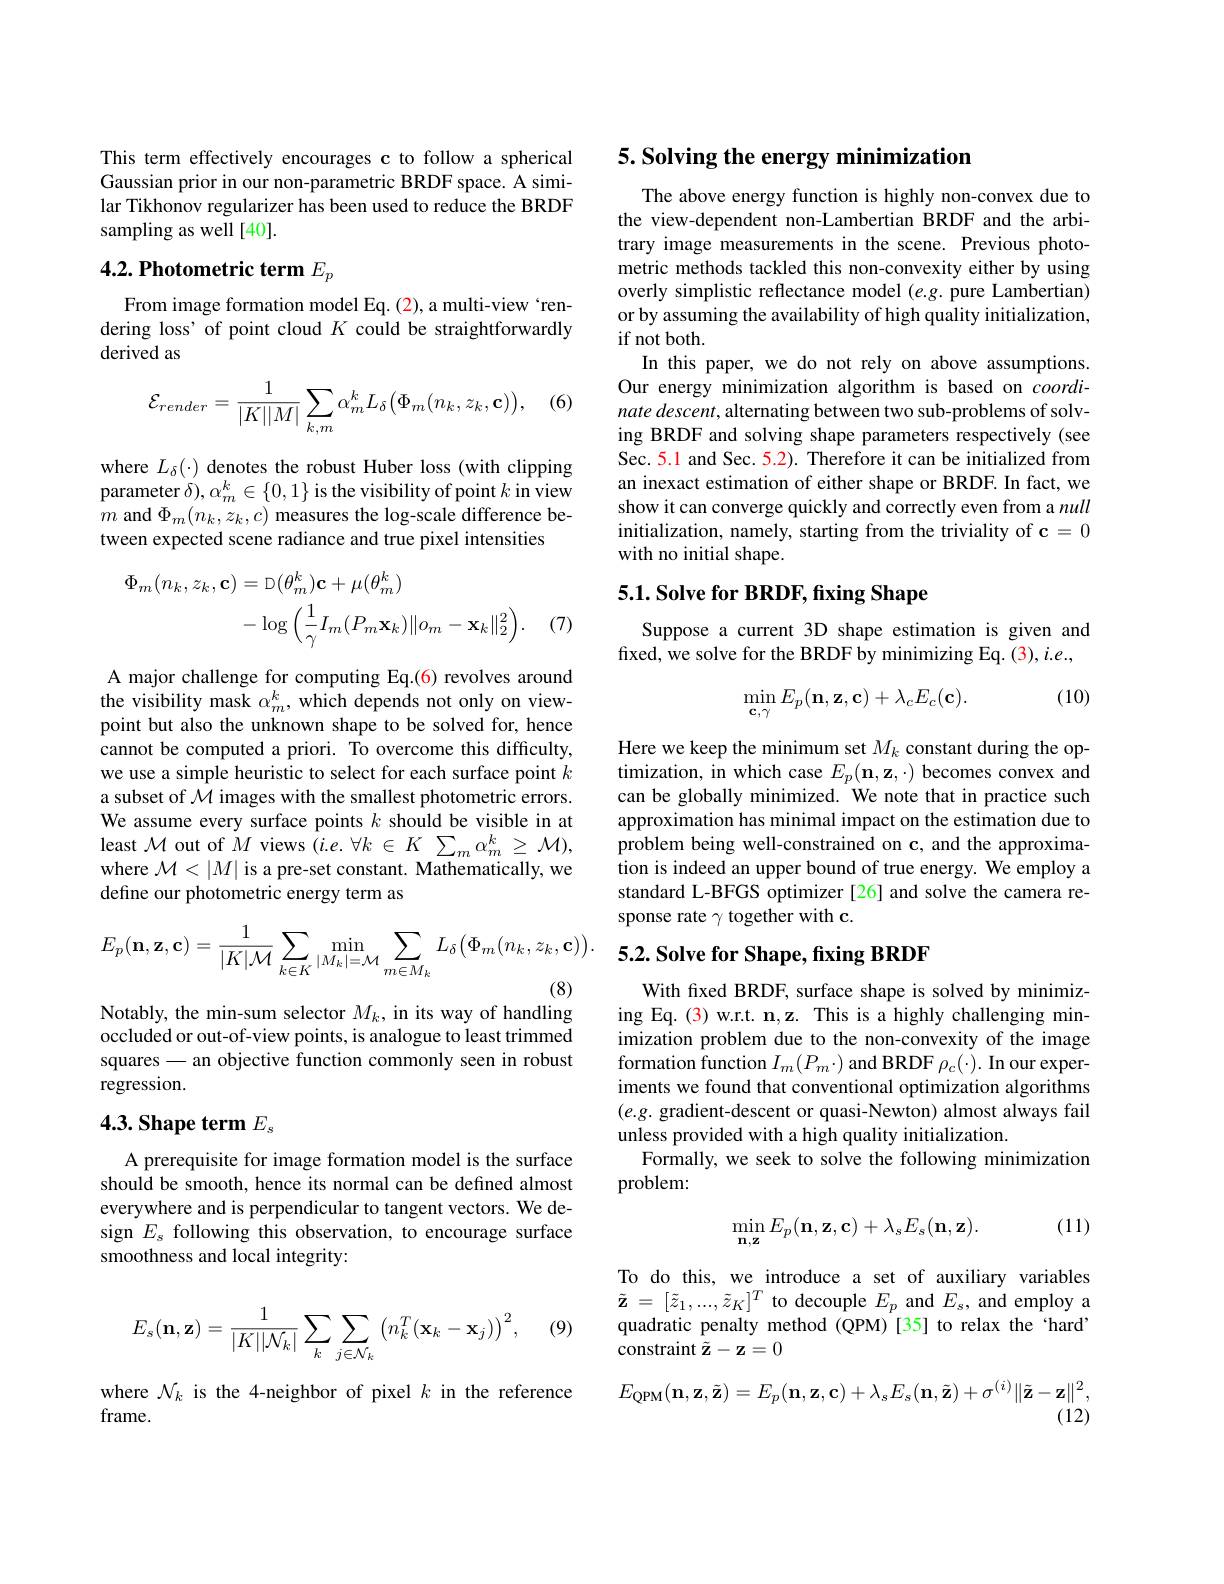
This term effectively encourages c to follow a spherical Gaussian prior in our non-parametric BRDF space. A similar Tikhonov regularizer has been used to reduce the BRDF sampling as well [40].

# 4.2. Photometric term $E_p$

From image formation model Eq. (2), a multi-view `rendering loss' of point cloud $K$ could be straightforwardly derived as

(6)
$$\mathcal{E}_{render}=\frac{1}{|K||M|}\sum_{k,m}\alpha_{m}^{k}L_{\delta}\big(\Phi_{m}(n_{k},z_{k},\mathbf{c})\big),$$
where $L_\delta(\cdot)$ denotes the robust Huber loss (with clipping parameter $\delta),\alpha_m^k\in\{0,1\}$ is the visibility of point $k$ in view $m$ and $\Phi _m( n_k, z_k, c)$ measures the log-scale difference between expected scene radiance and true pixel intensities
$$\begin{aligned}\Phi_{m}(n_{k},z_{k},\mathbf{c})&=\mathrm{D}(\theta_{m}^{k})\mathbf{c}+\mu(\theta_{m}^{k})\\&-\log\Big(\frac{1}{\gamma}I_{m}(P_{m}\mathbf{x}_{k})\|o_{m}-\mathbf{x}_{k}\|_{2}^{2}\Big).\end{aligned}$$
(7)

A major challenge for computing Eq.(6) revolves around the visibility mask $\alpha_{m}^{k}$, which depends not only on viewpoint but also the unknown shape to be solved for, hence cannot be computed a priori. To overcome this difficulty, we use a simple heuristic to select for each surface point $k$ a subset of $\mathcal{M}$ images with the smallest photometric errors. We assume every surface points $k$ should be visible in at least $\mathcal{M}$ out of $M$ views $(i.e.\forall k\in K\sum_m\alpha_m^k\geq\mathcal{M})$, where $\mathcal{M}<|M|$ is a pre-set constant. Mathematically, we define our photometric energy term as
$$E_{p}(\mathbf{n},\mathbf{z},\mathbf{c})=\frac{1}{|K|\mathcal{M}}\sum_{k\in K}\min_{|M_{k}|=\mathcal{M}}\sum_{m\in M_{k}}L_{\delta}\big(\Phi_{m}(n_{k},z_{k},\mathbf{c})\big).$$
(8)

Notably, the min-sum selector $M_k$, in its way of handling

occluded or out-of-view points, is analogue to least trimmed squares - an objective function commonly seen in robust regression.

# 4.3. Shape term $E_\mathrm{s}$

A prerequisite for image formation model is the surface should be smooth, hence its normal can be defined almost everywhere and is perpendicular to tangent vectors. We design $E_s$ following this observation, to encourage surface smoothness and local integrity:
$$E_s(\mathbf{n},\mathbf{z})=\frac{1}{|K||\mathcal{N}_k|}\sum_k\sum_{j\in\mathcal{N}_k}\left(n_k^T(\mathbf{x}_k-\mathbf{x}_j)\right)^2,$$
(9)

where $\mathcal{N}_k$ is the 4-neighbor of pixel $k$ in the reference
frame.

## 5. Solving the energy minimization

The above energy function is highly non-convex due to the view-dependent non-Lambertian BRDF and the arbitrary image measurements in the scene. Previous photometric methods tackled this non-convexity either by using overly simplistic reflectance model $(e.g.$ pure Lambertian) or by assuming the availability of high quality initialization, if not both.
In this paper, we do not rely on above assumptions. Our energy minimization algorithm is based on $coordi-$ nate descent, alternating between two sub-problems of solving BRDF and solving shape parameters respectively (see Sec. 5.1 and Sec. 5.2). Therefore it can be initialized from an inexact estimation of either shape or BRDF. In fact, we show it can converge quickly and correctly even from a null initialization, namely, starting from the triviality of c = 0 with no initial shape.

## $5. 1. \textbf{ Solve for BRDF, fixing Shape}$

Suppose a current 3D shape estimation is given and fixed, we solve for the BRDF by minimizing Eq. (3), i.e.,

(10)
$$\min_{\mathbf{c},\gamma}E_p(\mathbf{n},\mathbf{z},\mathbf{c})+\lambda_cE_c(\mathbf{c}).$$
Here we keep the minimum set $M_k$ constant during the optimization, in which case $E_p(\mathbf{n},\mathbf{z},\cdot)$ becomes convex and can be globally minimized. We note that in practice such approximation has minimal impact on the estimation due to problem being well-constrained on c, and the approximation is indeed an upper bound of true energy. We employ a standard L-BFGS optimizer [26] and solve the camera response rate $\gamma$ together with c.

# 5.2. Solve for Shape, fixing BRDF

With fxed BRDF, surface shape is solved by minimizing Eq. (3) w.r.t. n,z. This is a highly challenging minimization problem due to the non-convexity of the image formation function $I_{m}(P_{m}\cdot)$ and BRDF $\rho_{c}(\cdot).$ In our experiments we found that conventional optimization algorithms $(e.g.$ gradient-descent or quasi-Newton) almost always fail unless provided with a high quality initialization.
Formally, we seek to solve the following minimization
problem:

(11)
$$\min_{\mathbf{n},\mathbf{z}}E_p(\mathbf{n},\mathbf{z},\mathbf{c})+\lambda_sE_s(\mathbf{n},\mathbf{z}).$$
To do this, we introduce a set of auxiliary variables $\tilde{\mathbf{z} }$ = $[ \tilde{z} _{1}, . . . , \tilde{z} _{K}] ^{T}$ to decouple $E_{p}$ and $E_{s}$, and employ a quadratic penalty method (QPM)[35] to relax the ‘hard’ constraint $\tilde{\mathbf{z}}-\mathbf{z}=0$
$$E_{\mathrm{QPM}}(\mathbf{n},\mathbf{z},\tilde{\mathbf{z}})=E_p(\mathbf{n},\mathbf{z},\mathbf{c})+\lambda_sE_s(\mathbf{n},\tilde{\mathbf{z}})+\sigma^{(i)}\|\tilde{\mathbf{z}}-\mathbf{z}\|^2,$$
(12)